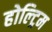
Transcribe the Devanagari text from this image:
होल्ट्रिम